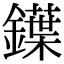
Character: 鐷